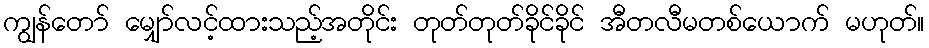
ကျွန်တော် မျှော်လင့်ထားသည့်အတိုင်း တုတ်တုတ်ခိုင်ခိုင် အီတလီမတစ်ယောက် မဟုတ်။